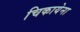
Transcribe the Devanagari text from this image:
चिकायेना